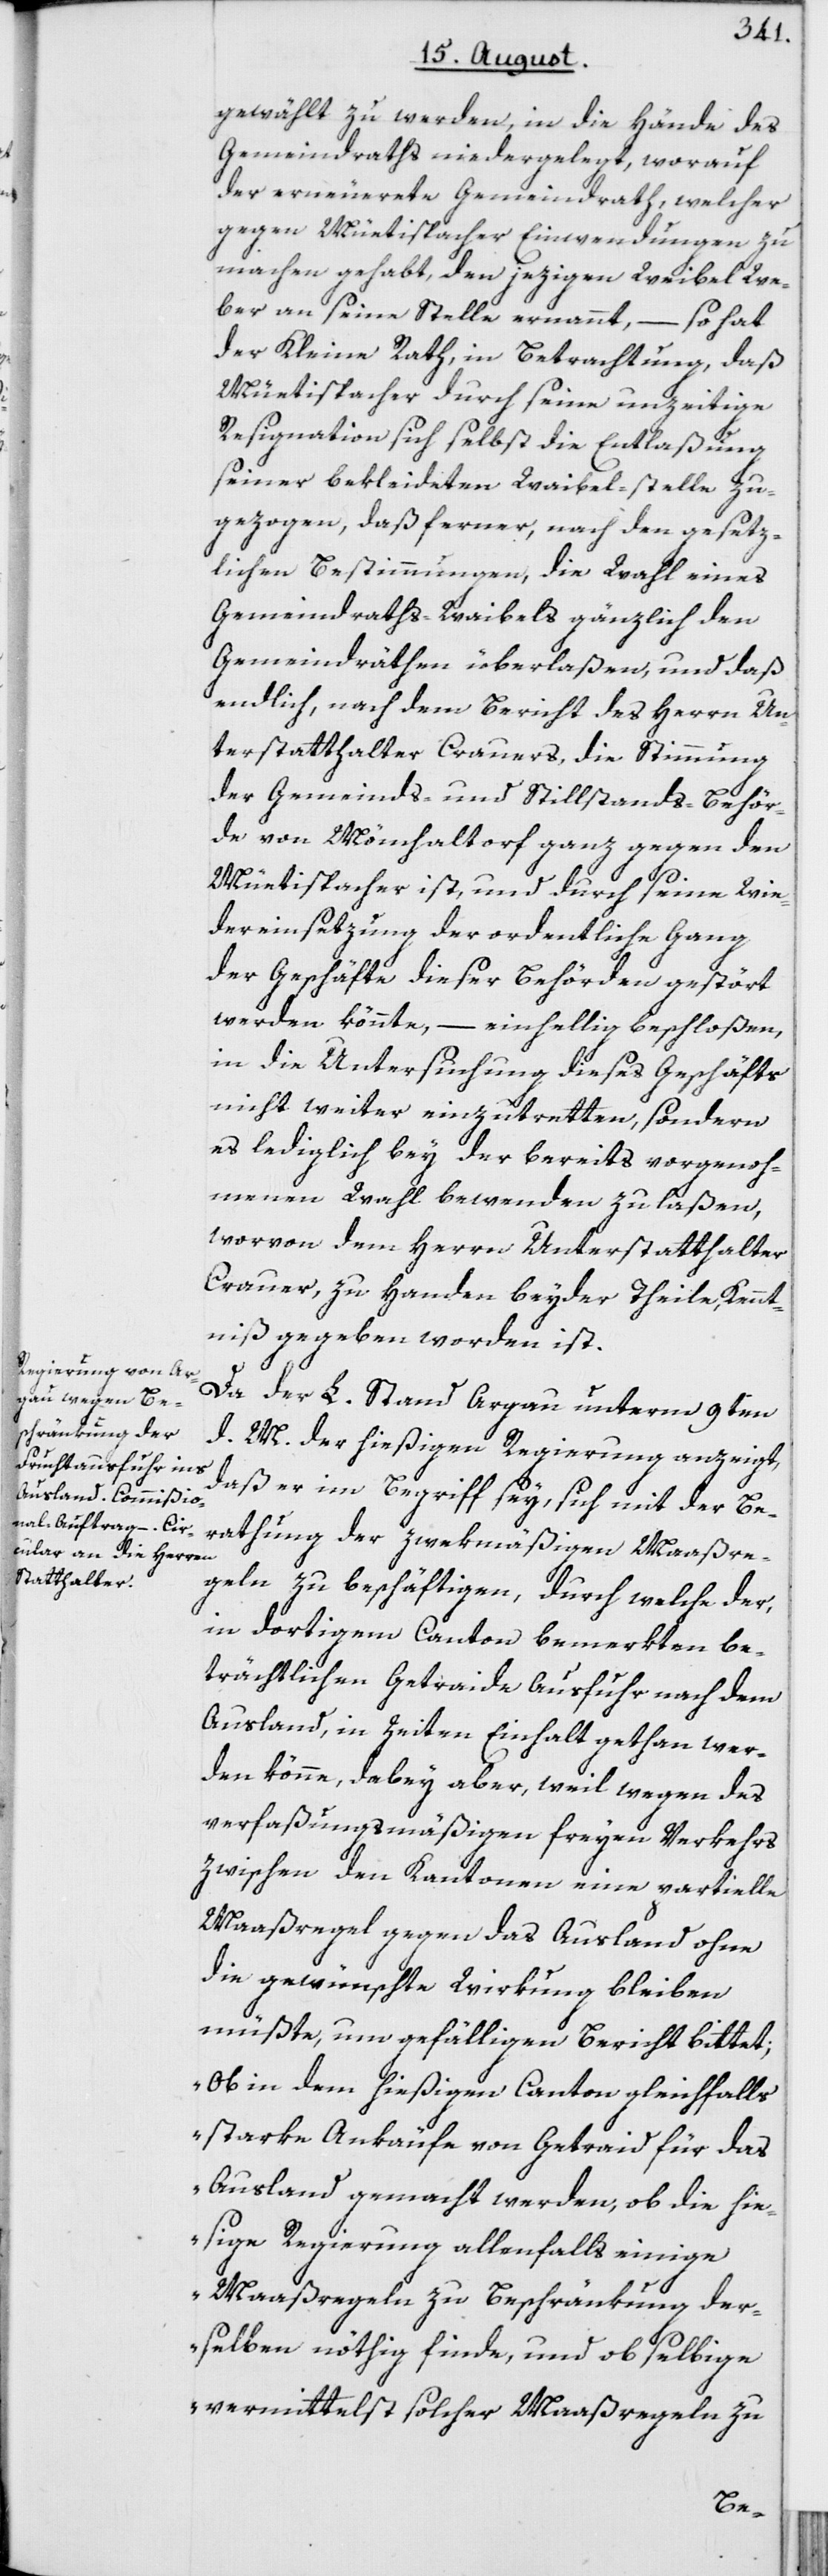
gewählt zu werden, in die Hände des
Gemeindraths niedergelegt, worauf
der erneuerete Gemeindrath, welcher
gegen Müetispacher Einwendungen zu
machen gehabt, den jezigen Weibel We¬
ber an seine Stelle ernannt, – so hat
der Kleine Rath, in Betrachtung, daß
Müetispacher durch seine unzeitige
Resignation sich selbst die Entlaßung
seiner bekleideten Waibel-stelle zu¬
gezogen, daß ferner, nach den gesetz¬
lichen Bestimmungen, die Wahl eines
Gemeindraths-Waibels gänzlich den
Gemeindräthen überlaßen, und daß
endlich, nach dem Bericht des Herrn Un¬
terstatthalter Crauers, die Stimmung
der Gemeinds- und Stillstands-Behör¬
de von Mönchaltorf ganz gegen den
Müetispacher ist, und durch seine Wie¬
dereinsetzung der ordentliche Gang
der Geschäfte dieser Behörden gestört
werden könnte, – einhellig beschloßen,
in die Untersuchung dieses Geschäfts
nicht weiter einzutretten, sondern
es lediglich bey der bereits vorgenoh¬
menen Wahl bewenden zu laßen,
worvon dem Herrn Unterstatthalter
Crauer, zu Handen beyder Theile, Kennt¬
niß gegeben worden ist.
Da der L. Stand Argau unterm 9ten
d. M. der hießigen Regierung anzeigt,
daß er im Begriff sey, sich mit der Be¬
rathung der zwekmäßigen Maaßre¬
geln zu beschäftigen, durch welche der,
in dortigem Canton bemerkten be¬
trächtlichen Getraide Ausfuhr nach dem
Ausland, in Zeiten Einnhalt gethan wer¬
den könne, dabey aber, weil wegen des
verfaßungsmäßigen freyen Verkehrs
zwischen den Kantonen eine partielle
Maaßregel gegen das Ausland ohne
die gewünschte Wirkung bleiben
müßte, um gefälligen Bericht bittet;
„Ob in dem hießigen Canton gleichfalls
starke Ankäufe von Getraid für das
Ausland gemacht werden, ob die hie¬
sige Regierung allenfalls einige
Maaßregeln zu Beschränkung der¬
selben nöthig finde, und ob selbige
vermittelst solcher Maaßregeln zu